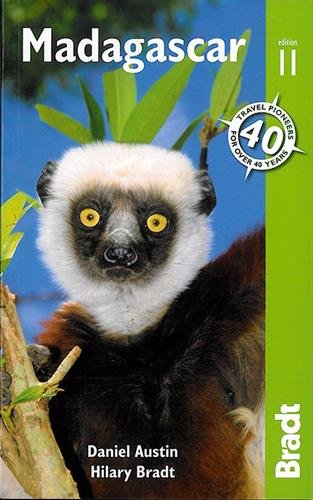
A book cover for Madagascar; Hilary Bradt; Travel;